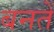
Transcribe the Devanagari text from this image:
बनतें